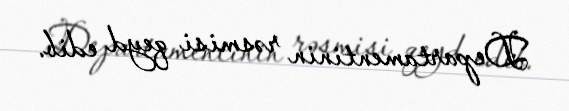
Departamentinin rəsmisi qeyd edib.